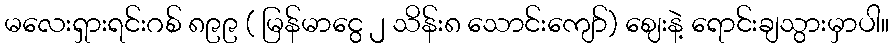
မလေးရှားရင်းဂစ် ၈၉၉ ( မြန်မာငွေ ၂ သိန်း၈ သောင်းကျော်) ဈေးနဲ့ ရောင်းချသွားမှာပါ။